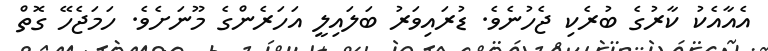
އެއާއެކު ކާރުގެ ބުރެކި ޖެހުނެވެ. ޑުރައިވަރު ބަލައިލީ އަހަރެންގެ މޫނަށެވެ. ހަމަޖެހޭ ގޮތް